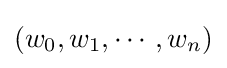
(w_{0},w_{1},\cdots ,w_{n})